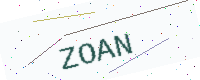
Text: ZOAN